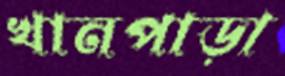
খানপাড়া